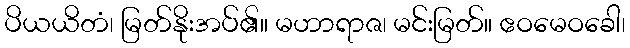
ပိယယိတံ၊ မြတ်နိုးအပ်၏။ မဟာရာဇ၊ မင်းမြတ်။ ဧဝမေဝခေါ၊